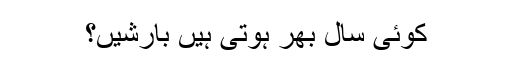
کوئی سال بھر ہوتی ہیں بارشیں؟